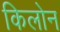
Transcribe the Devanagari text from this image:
किलोन